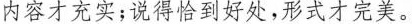
内容才充实；说得恰到好处，形式才完美。